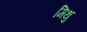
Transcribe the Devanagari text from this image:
मिथु